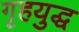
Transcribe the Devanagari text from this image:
गृहयुद्ध